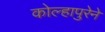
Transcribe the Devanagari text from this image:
कोल्हापुरेने